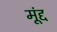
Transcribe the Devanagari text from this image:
मूंद्द